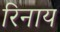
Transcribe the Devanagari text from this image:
रिनाय